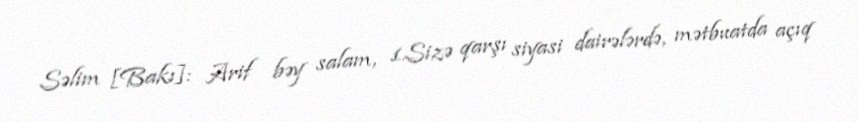
Səlim [Bakı]: Arif bəy salam, 1.Sizə qarşı siyasi dairələrdə, mətbuatda açıq